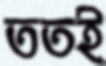
ততই